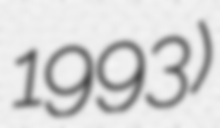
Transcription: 1993)